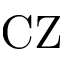
\mathrm { C Z }